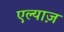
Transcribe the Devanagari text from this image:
एल्याज़